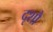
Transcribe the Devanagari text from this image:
दृशौ